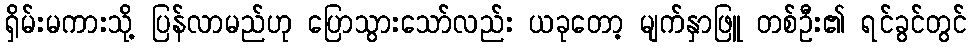
ရှိမ်းမကားသို့ ပြန်လာမည်ဟု ပြောသွားသော်လည်း ယခုတော့ မျက်နှာဖြူ တစ်ဦး၏ ရင်ခွင်တွင်